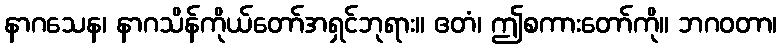
နာဂသေန၊ နာဂသိန်ကိုယ်တော်အရှင်ဘုရား။ ဧတံ၊ ဤစကားတော်ကို။ ဘဂဝတာ၊